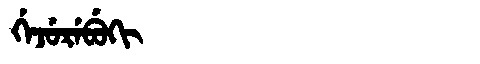
Manchu: ᡤᡝᠵᡠᡵᡝᠪᡠᡴᡳ
Romanization: GEJUREBUKI